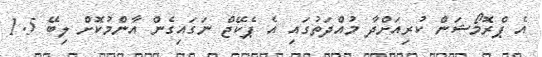
އެ ޕްރޮމޯޝަން ކުރިއަށްދާ މުއްދަތުގައި އެ ޕެކޭޖް ނަގައިގެން އާންމުކޮށް ލިބޭ 1.5